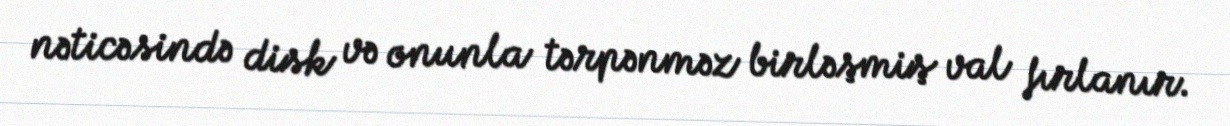
nəticəsində disk və onunla tərpənməz birləşmiş val fırlanır.